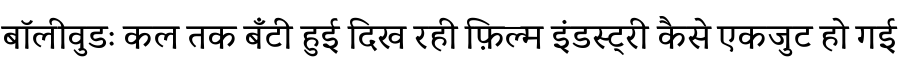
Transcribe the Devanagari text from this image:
बॉलीवुडः कल तक बँटी हुई दिख रही फ़िल्म इंडस्ट्री कैसे एकजुट हो गई